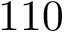
1 1 0